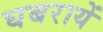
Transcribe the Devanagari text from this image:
घबरायें